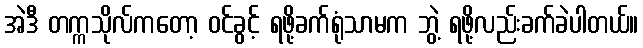
အဲဒီ တက္ကသိုလ်ကတော့ ဝင်ခွင့် ရဖို့ခက်ရုံသာမက ဘွဲ့ ရဖို့လည်းခက်ခဲပါတယ်။